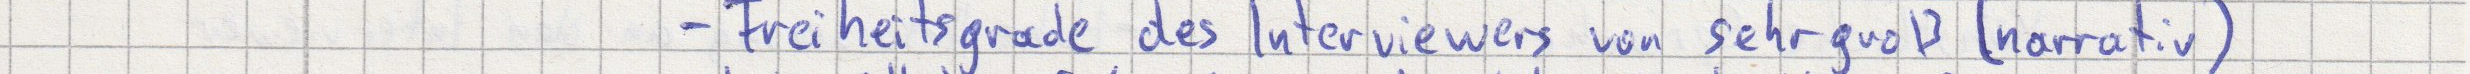
- Freiheitsgrade des Interviewers von sehr groß (narrativ)